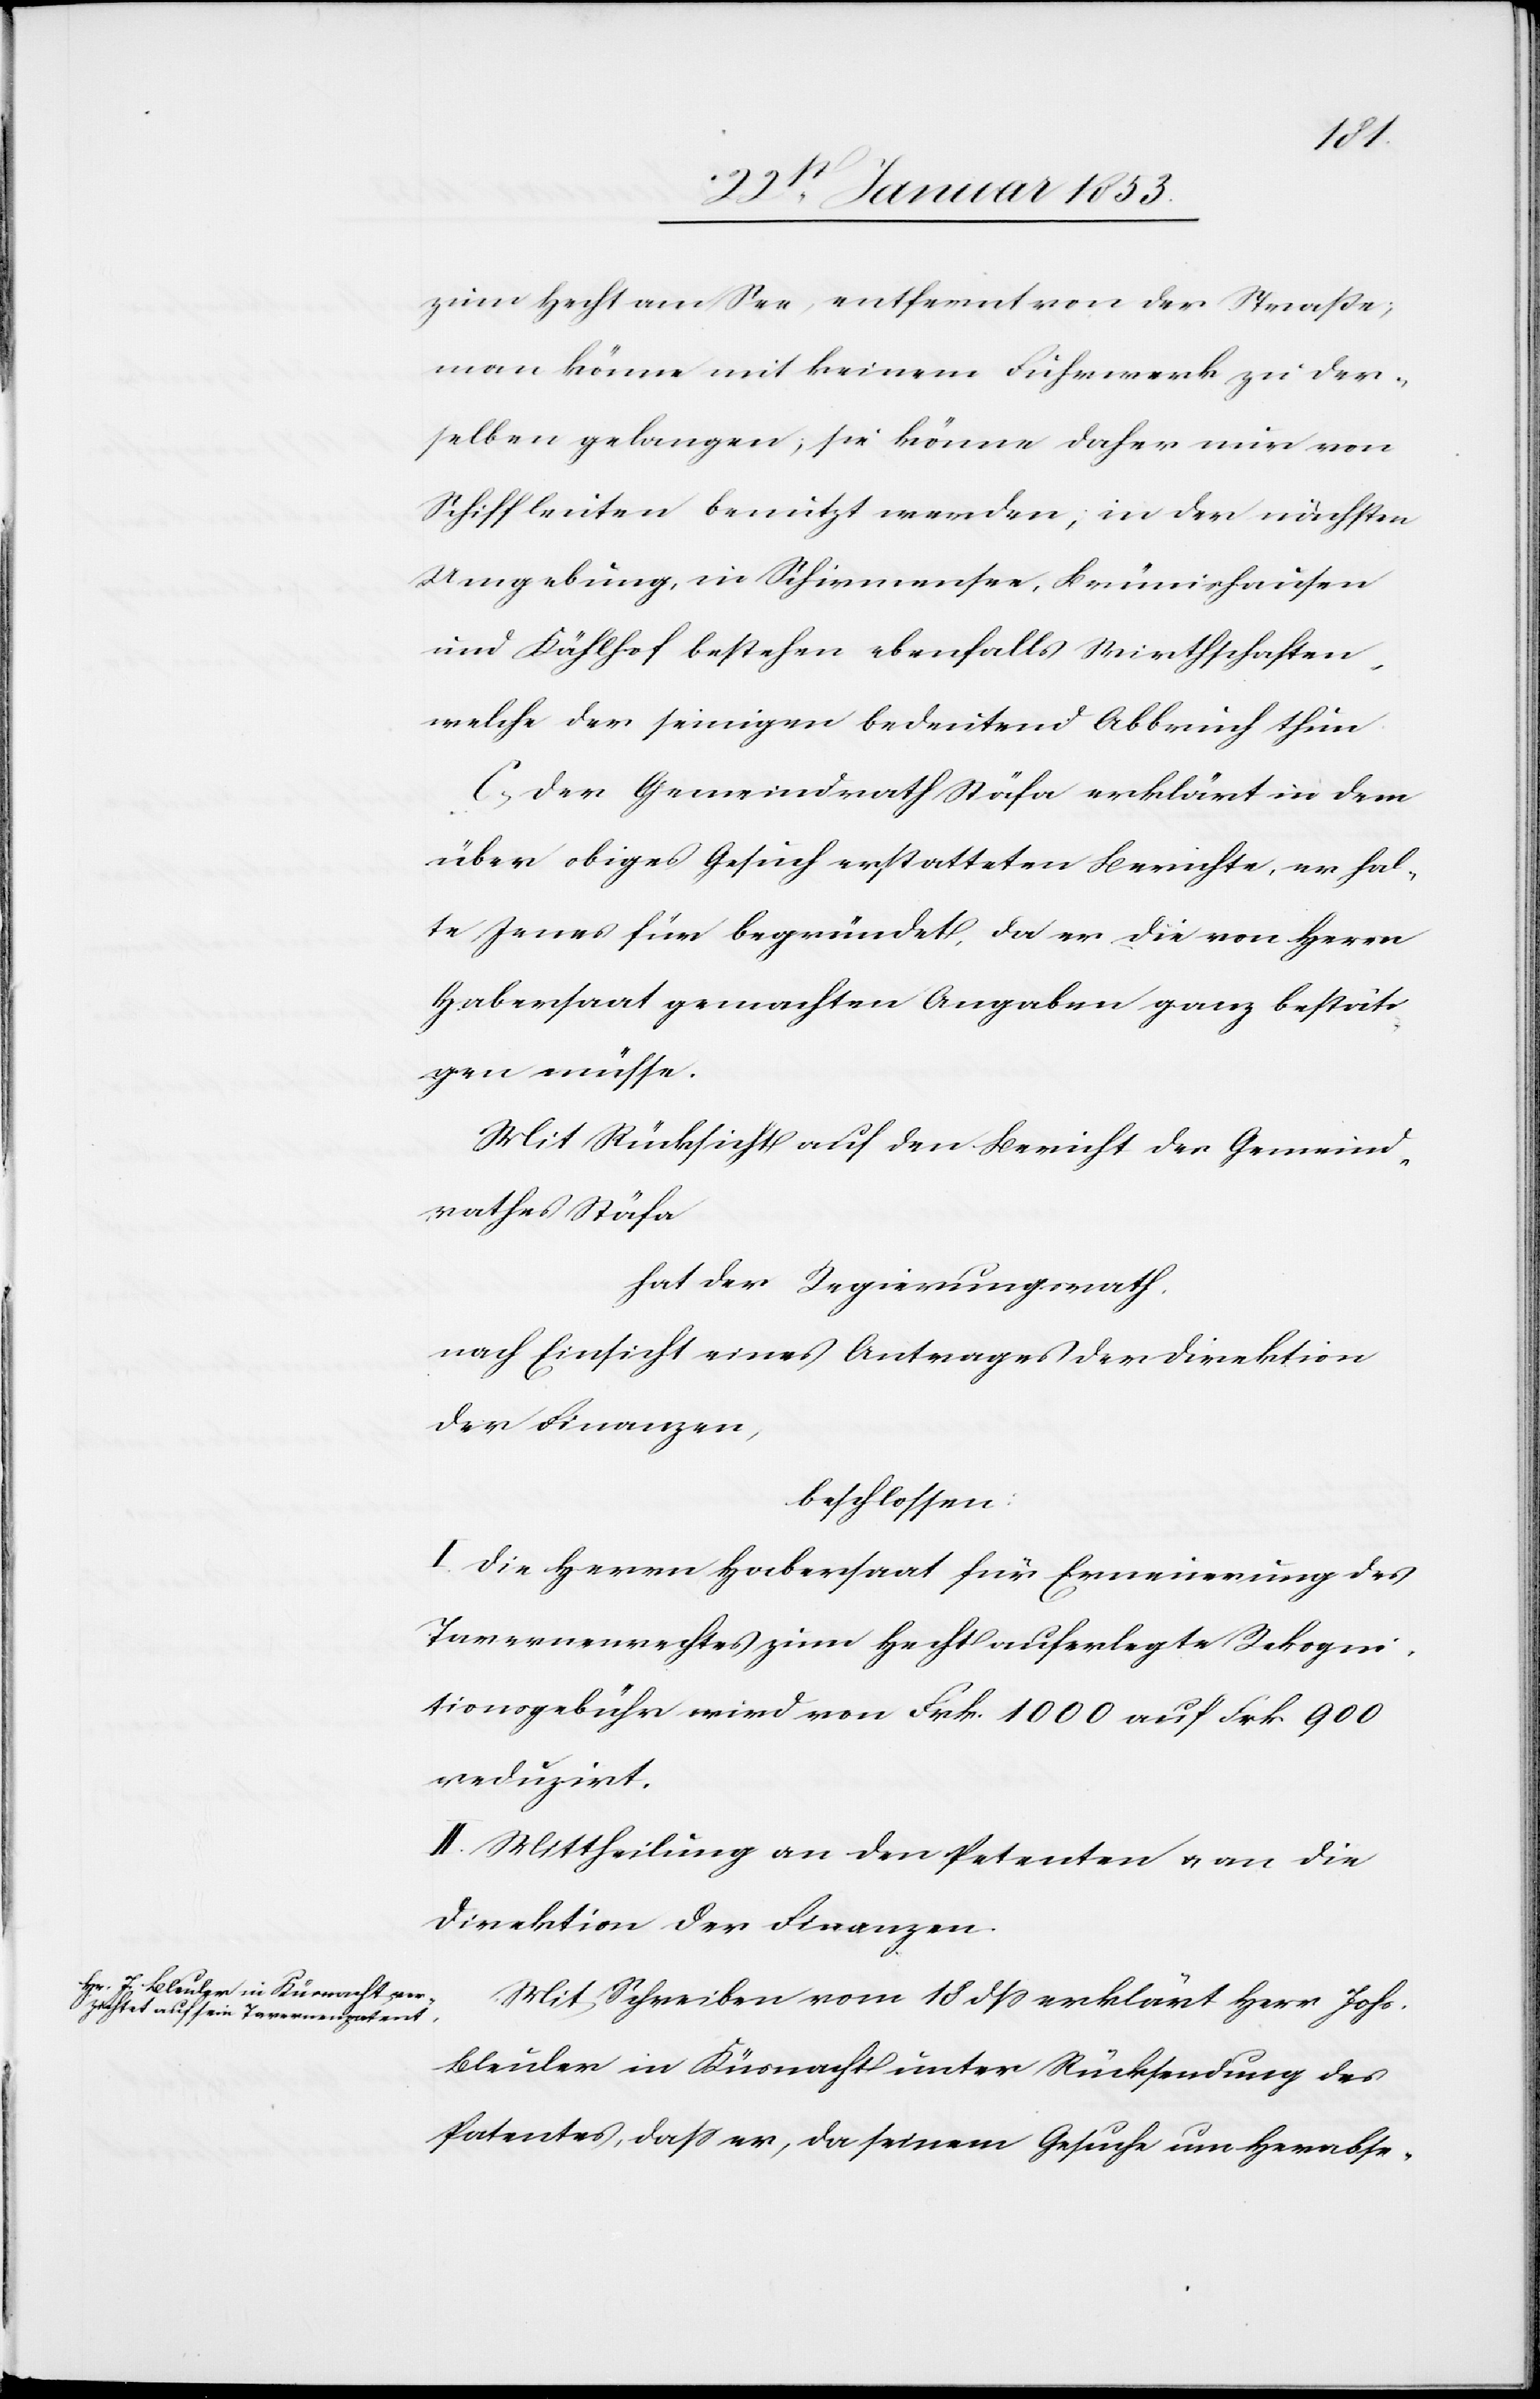
zum Hecht am See, entfernt von der Straße,
man könne mit keinem Fuhrwerk zu der¬
selben gelangen, sie könne daher nur von
Schiffleuten benutzt werden, in der nächsten
Umgebung, in Schirmensee, Brümishausen
und Kählhof bestehen ebenfalls Wirthschaften
welche der seinigen bedeutend Abbruch thun.
C. Der Gemeindrath Stäfa erklärt in dem
über obiges Gesuch erstatteten Berichte, er hal¬
te Jenes für begründet, da er die von Herrn
Habersaat gemachten Angaben ganz bestäti¬
gen müsse.
Mit Rücksicht auf den Bericht des Gemeind¬
rathes Stäfa
hat der Regierungsrath
nach Einsicht eines Antrages der Direktion
der Finanzen,
beschlossen:
I. Die Herrn Habersaat für Erneuerung des
Tavernenrechtes zum Hecht auferlegte Rekogni¬
tionsgebühr wird von Frk. 1000 auf Frk. 900
reduzirt.
II. Mittheilung an den Petenten u. an die
Direktion der Finanzen.
Mit Schreiben vom 18 dß erklärt Herr Johs.
Bleuler in Küsnacht unter Rücksendung des
Patentes, daß er, da seinem Gesuche um Herabset-